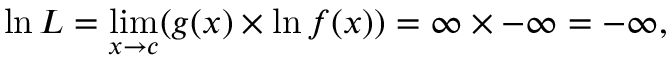
\ln L = \operatorname* { l i m } _ { x \to c } ( { g ( x ) } \times \ln { f ( x ) } ) = \infty \times { - \infty } = - \infty ,